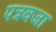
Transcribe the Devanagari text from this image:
पत्रवजा